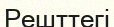
Решттегі